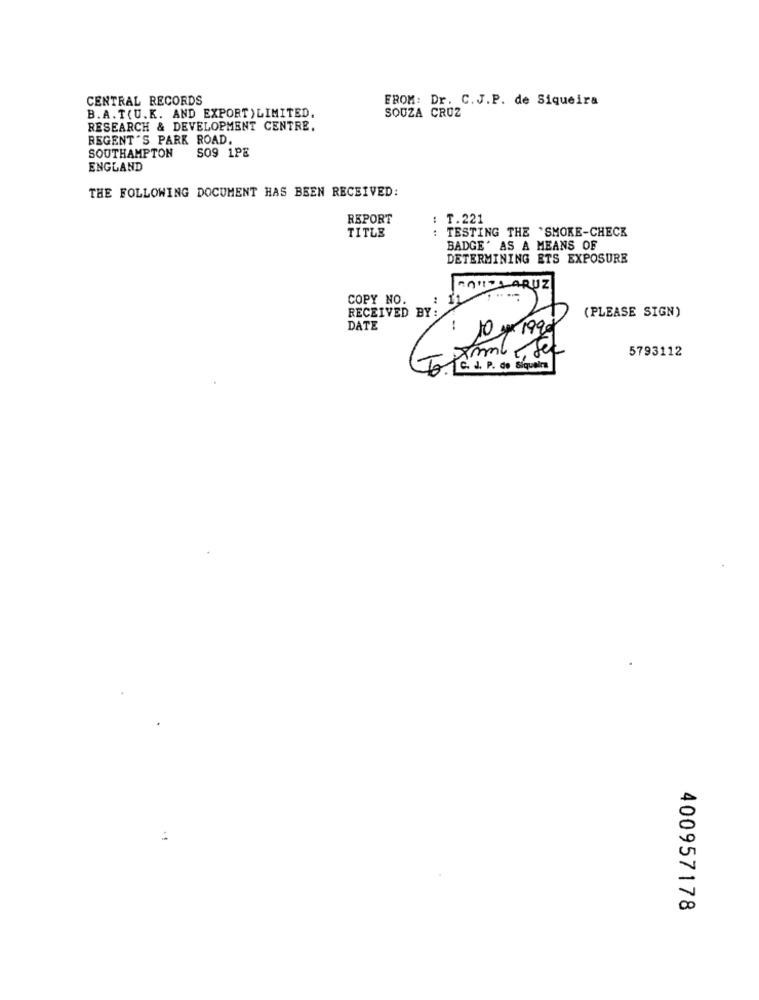
CENTRAL RECORDS
FROM: Dr. C.J.P. de Siqueira
B.A. T(U.K. AND EXPORT) LIMITED.
SOUZA CRUZ
RESEARCH & DEVELOPMENT CENTRE.
REGENT'S PARK ROAD.
S09 1PE
SOUTHAMPTON
ENGLAND
THE FOLLOWING DOCUMENT HAS BEEN RECEIVED:
REPORT
T.221
: TESTING THE 'SMOKE-CHECK
TITLE
BADGE' AS A MEANS OF
DETERMINING ETS EXPOSURE
RAHIZLARUZ
COPY NO.
: 11
RECEIVED BY:
(PLEASE SIGN)
DATE
10 / 1999
Ammle, sec
5793112
To aid P. de Siqueira
400957178